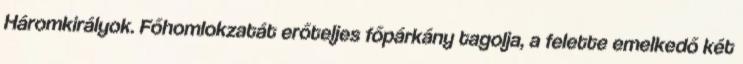
Háromkirályok. Főhomlokzatát erőteljes főpárkány tagolja, a felette emelkedő két